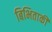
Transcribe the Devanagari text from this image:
बिभिताकी